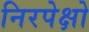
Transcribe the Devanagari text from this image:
निरपेक्षो